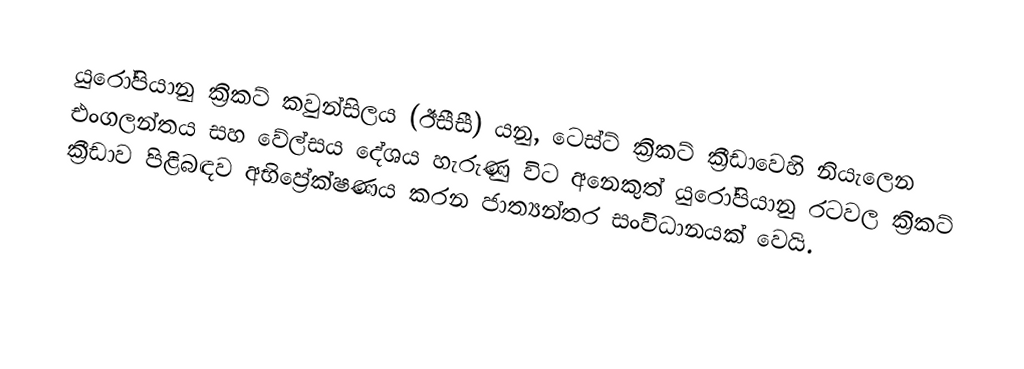
යුරෝපියානු ක්‍රිකට් කවුන්සිලය (ඊසීසී) යනු,  ටෙස්ට් ක්‍රිකට් ක්‍රීඩාවෙහි නියැලෙන එංගලන්තය සහ වේල්සය දේශය හැරුණු විට අනෙකුත් යුරෝපියානු රටවල ක්‍රිකට් ක්‍රීඩාව පිළිබඳව අභිප්‍රේක්ෂණය කරන ජාත්‍යන්තර සංවිධානයක් වෙයි.